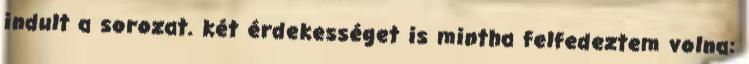
indult a sorozat. két érdekességet is mintha felfedeztem volna: